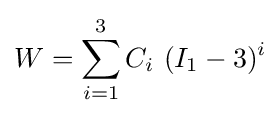
W=\sum _{i=1}^{3}C_{i}~(I_{1}-3)^{i}